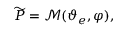
\widetilde { \boldsymbol { P } } = \mathcal { M } ( \boldsymbol { \vartheta } _ { e } , \boldsymbol { \varphi } ) ,